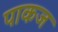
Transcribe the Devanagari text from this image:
पाकज